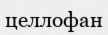
целлофан